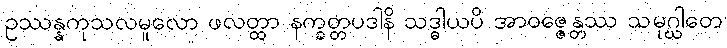
ဥဿန္နကုသလမူလော ဖလတ္ထာ နက္ခတ္တပဒါနိ သဒ္ဓါယပိ အာဝဇ္ဇေန္တဿ သမုဂ္ဃါတေ